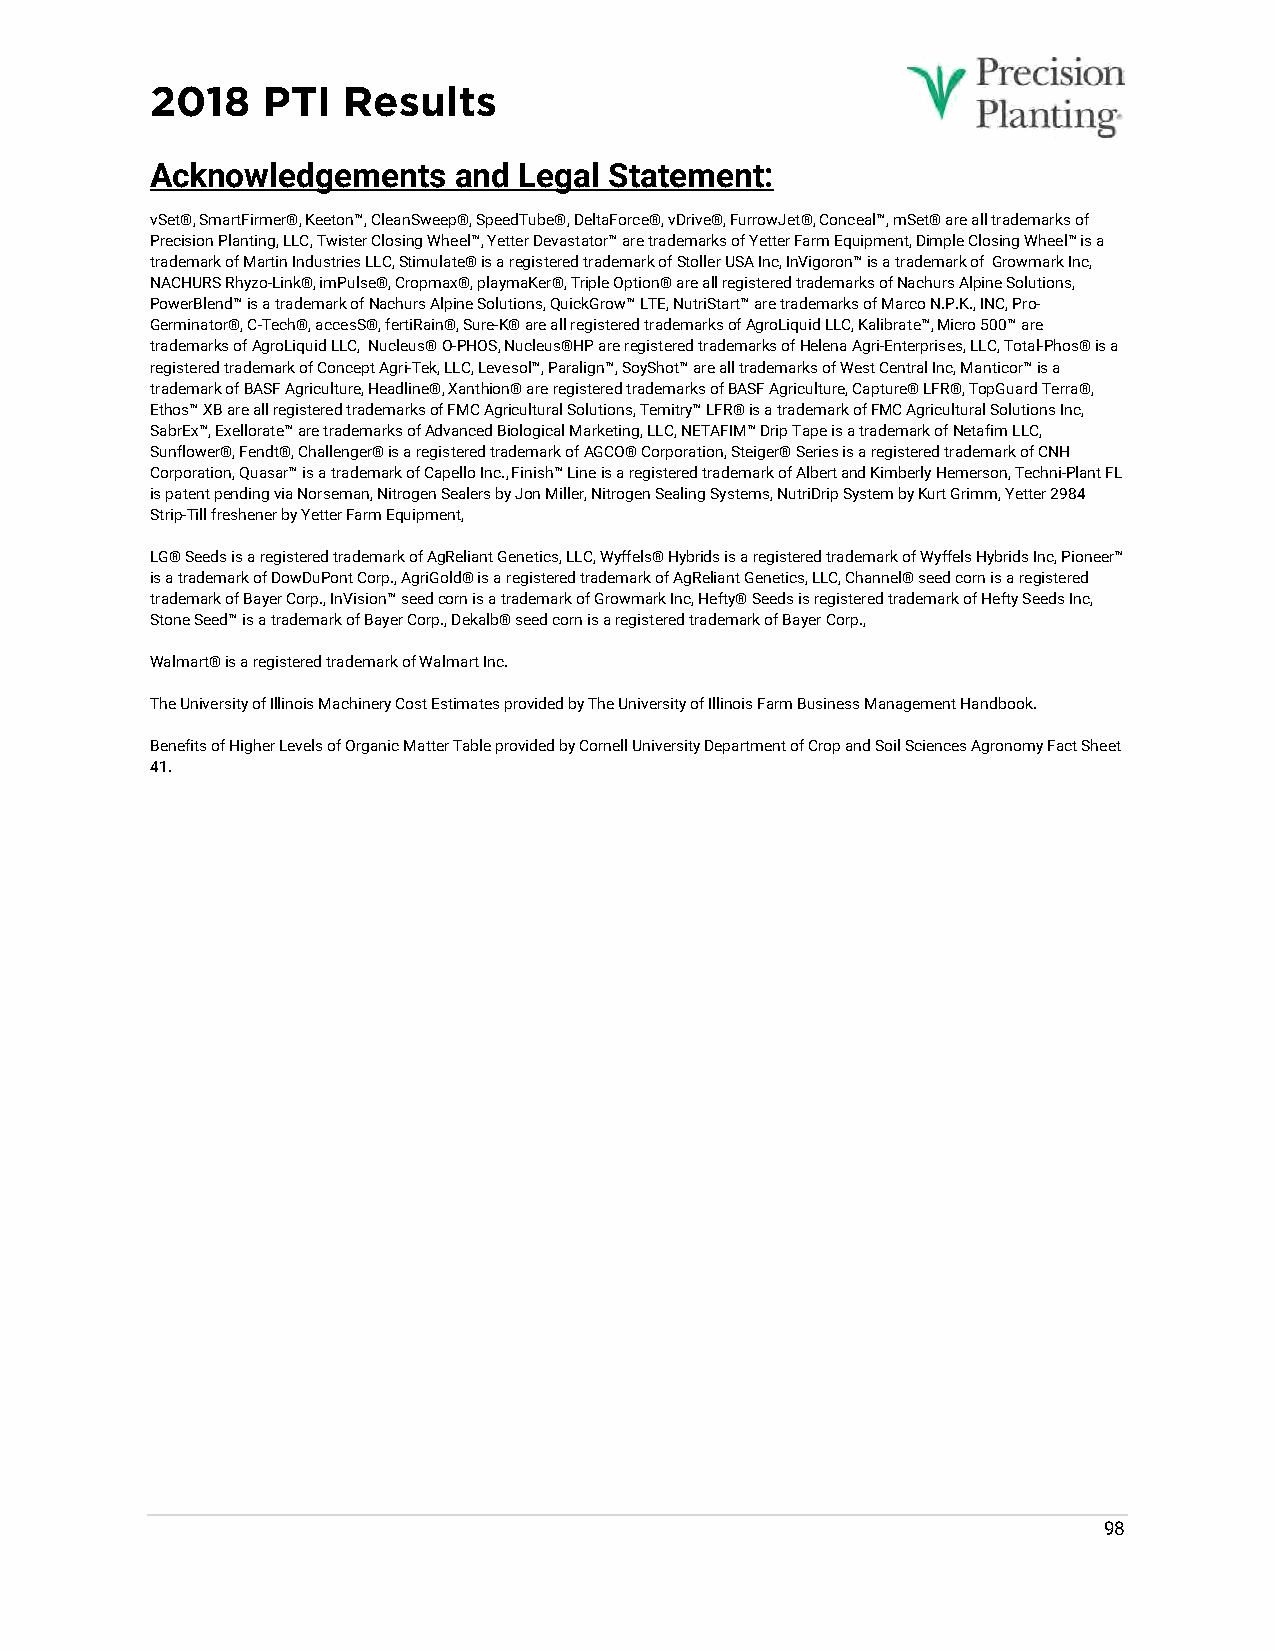
2018   PTI   Results
 Acknowledgements    and Legal Statement:
 vSet®, SmartFirmer®, Keeton™, CleanSweep®, SpeedTube®, DeltaForce®, vDrive®, FurrowJet®, Conceal™, mSet® are all trademarks of
 Precision Planting, LLC, Twister Closing Wheel™, Yetter Devastator™ are trademarks of Yetter Farm Equipment, Dimple Closing Wheel™ is a
 trademark of Martin Industries LLC, Stimulate® is a registered trademark of Stoller USA Inc, InVigoron™ is a trademark of Growmark Inc,
 NACHURS Rhyzo-Link®, imPulse®, Cropmax®, playmaKer®, Triple Option® are all registered trademarks of Nachurs Alpine Solutions,
 PowerBlend™ is a trademark of Nachurs Alpine Solutions, QuickGrow™ LTE, NutriStart™ are trademarks of Marco N.P.K., INC, Pro-
 Germinator®, C-Tech®, accesS®, fertiRain®, Sure-K® are all registered trademarks of AgroLiquid LLC, Kalibrate™, Micro 500™ are
 trademarks of AgroLiquid LLC, Nucleus® O-PHOS, Nucleus®HP are registered trademarks of Helena Agri-Enterprises, LLC, Total-Phos® is a
 registered trademark of Concept Agri-Tek, LLC, Levesol™, Paralign™, SoyShot™ are all trademarks of West Central Inc, Manticor™ is a
 trademark of BASF Agriculture, Headline®, Xanthion® are registered trademarks of BASF Agriculture, Capture® LFR®, TopGuard Terra®,
 Ethos™ XB are all registered trademarks of FMC Agricultural Solutions, Temitry™ LFR® is a trademark of FMC Agricultural Solutions Inc,
 SabrEx™, Exellorate™ are trademarks of Advanced Biological Marketing, LLC, NETAFIM™ Drip Tape is a trademark of Netafim LLC,
 Sunflower®, Fendt®, Challenger® is a registered trademark of AGCO® Corporation, Steiger® Series is a registered trademark of CNH
 Corporation, Quasar™ is a trademark of Capello Inc., Finish™ Line is a registered trademark of Albert and Kimberly Hemerson, Techni-Plant FL
 is patent pending via Norseman, Nitrogen Sealers by Jon Miller, Nitrogen Sealing Systems, NutriDrip System by Kurt Grimm, Yetter 2984
 Strip-Till freshener by Yetter Farm Equipment,
 LG® Seeds is a registered trademark of AgReliant Genetics, LLC, Wyffels® Hybrids is a registered trademark of Wyffels Hybrids Inc, Pioneer™
 is a trademark of DowDuPont Corp., AgriGold® is a registered trademark of AgReliant Genetics, LLC, Channel® seed corn is a registered
 trademark of Bayer Corp., InVision™ seed corn is a trademark of Growmark Inc, Hefty® Seeds is registered trademark of Hefty Seeds Inc,
 Stone Seed™ is a trademark of Bayer Corp., Dekalb® seed corn is a registered trademark of Bayer Corp.,
 Walmart® is a registered trademark of Walmart Inc.
 The University of Illinois Machinery Cost Estimates provided by The University of Illinois Farm Business Management Handbook.
 Benefits of Higher Levels of Organic Matter Table provided by Cornell University Department of Crop and Soil Sciences Agronomy Fact Sheet
 41.
 98